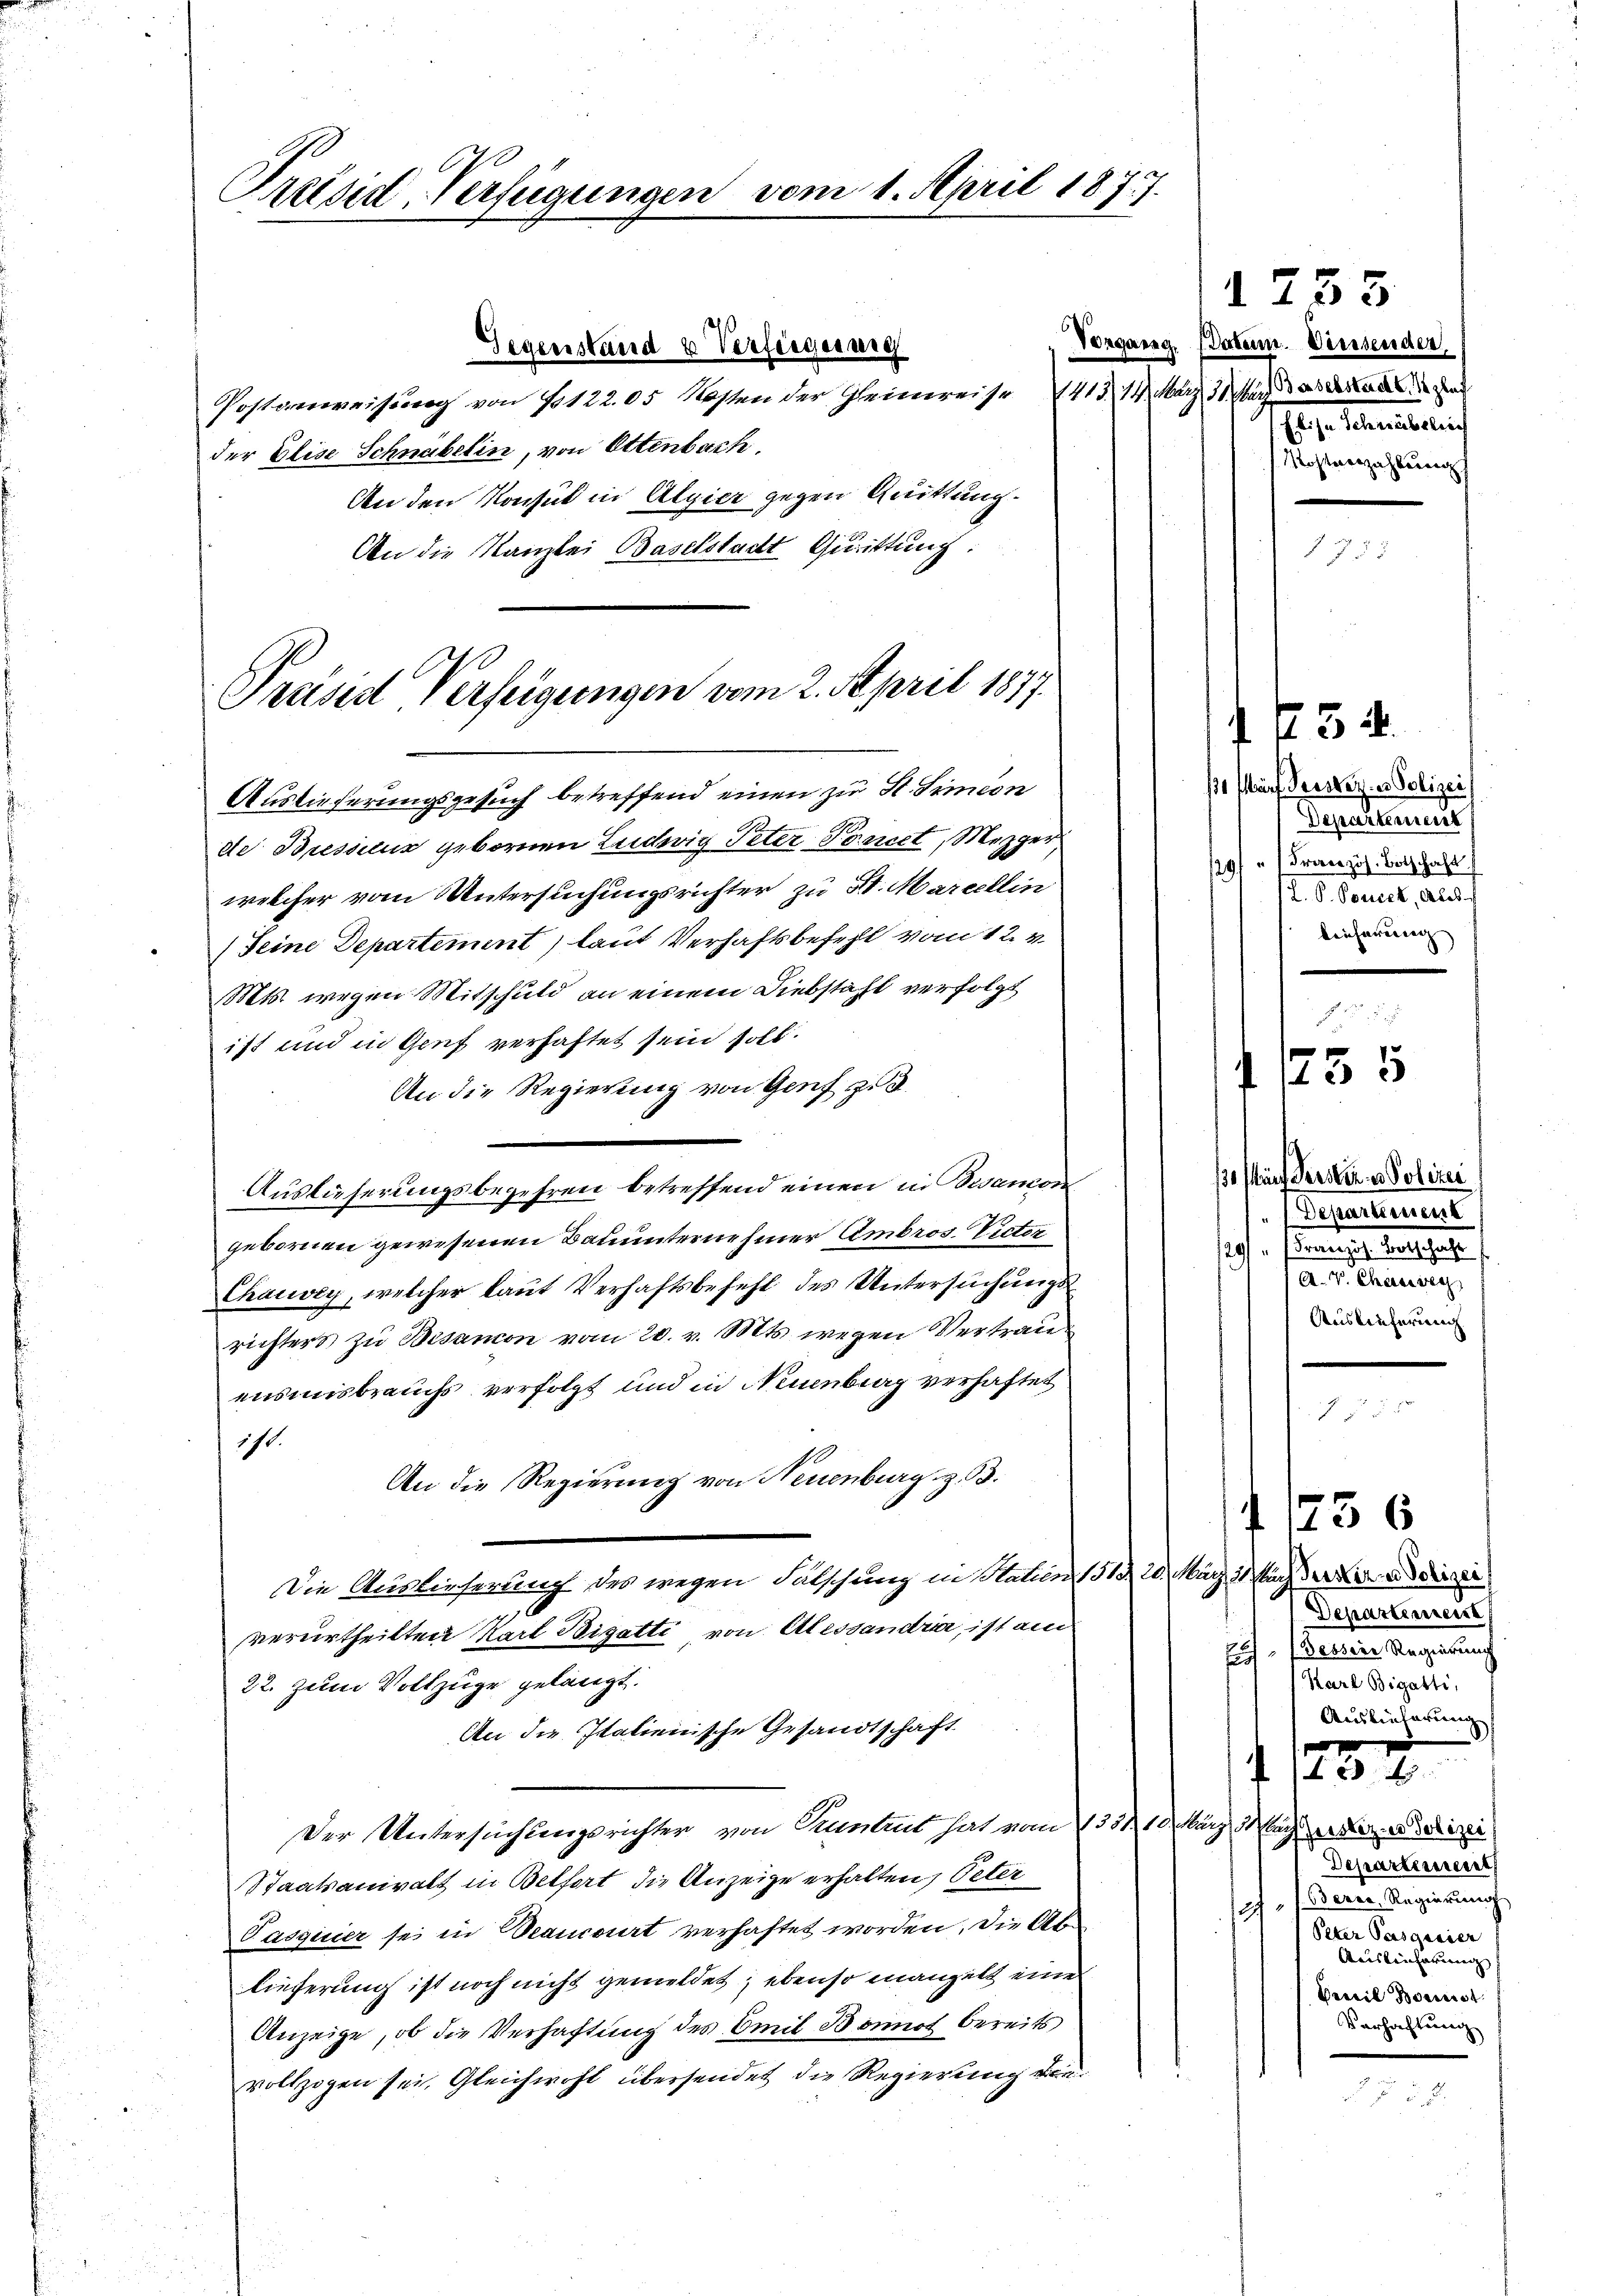
Präsid. Verfügungen vom 1. April 1877.
d

Präsid Verfeigungen vom 2. April 1877.
Auslieferungsgesuch betreffend einen zu St. Simion

Gegenstand & Verfasserung
Postienweisung von 10122. 05 Kosten der Heimreise 1413. 14. März der das
der Elise Schnabelin, von Ottenbach,
An den Konsul in Algier gegen Quittung.
An die Kanzlei Baselstadt Quittung.
de Bressius gebornen Ludwig Peter Pancet, Mezger
welcher vom Untersuchungsrichter zu 20. Marcellin
(Seine Departement) laut Verhaftsbefehl vom 12. v.
Mts. wegen Mitschuld an einem Diebstahl verfolgt
ist und in Genf verhaftet sein soll.
An die Regierung von Genf zu d
Auslieferungsbegehren betreffend einen in Besanon
gebornen gewesenen Bauunternehmer Ambros. Victer
Chawey, welcher laut Verhaftsbefehl des Untersuchungsrichters zu Besanon vom 20. v. Mts. wegen Vertrau
ensmisbrauchs verfolgt und in Neuenburg verhaftet
171.
An die Regierung von Neuenburg z. B.
Die Auslieferung des wegen Fälschung in Statien 151. 20. März 21. März der die addrigen
2
verurtheilten Karl Bigatti von Alessandier, ist am
22. Zum Vollzuge gelangt.
An die Italienische Gesandtschaft
Der Untersuchungsrichter von Tribus hat vom 1331. 10. März der der Dirigi
Staatsanwalt in Belfort die Anzeige erhalten, Peter
sch
Pasquier sei in Beancourt verhaftet worden. Die Ablieferung ist noch nicht gemeldet; ebenso mangelt eine
Anzeige, ob die Verhaftung des Emil Bonnot bereits
vollzogen sei, Gleichwohl übersendet die Regierung von

1753
Vorgang Daten. Diessender,
Elisa Schreiblich
Mostverzahlung

154.
ßo Wurf Geister. - Polizei
Departement
" Französ. Botschaft
2
J. P. Boneck, Al.
lieferung

¬

755

755

Bderer Regierung
Peter Passasier
Auslieferung
Beweil Bonist
Verhaftung

/3. auf Pertin in Polizei
Departement
. sie angel des geste
A. V. Charivegz
Auslieferung

f 1756
Departement
Eich - wenn Regierung
Karl Bigatti,
Anbieterung

ve
 142 f
Departement